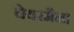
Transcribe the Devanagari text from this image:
चेयरमैन।